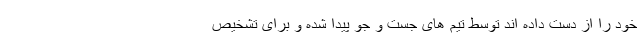
خود را از دست داده اند توسط تیم های جست و جو پیدا شده و برای تشخیص